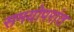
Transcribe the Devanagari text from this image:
समयोपरांत